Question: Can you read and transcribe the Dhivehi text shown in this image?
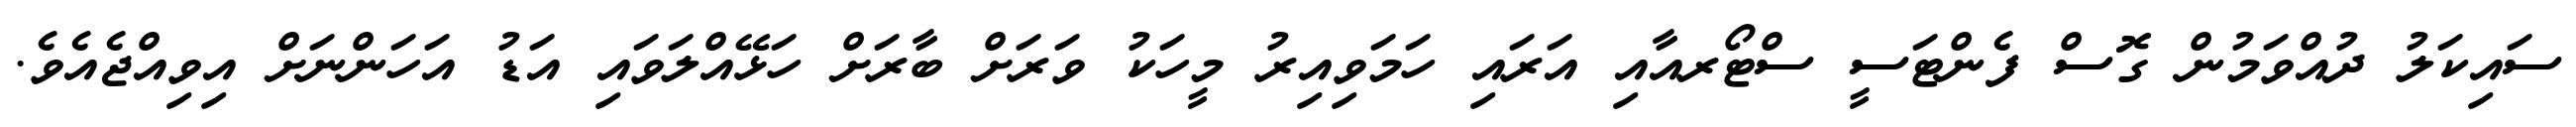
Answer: ސައިކަލު ދުއްވަމުން ގޮސް ފެންޓަސީ ސްޓޯރއާއި އަރައި ހަމަވިއިރު މީހަކު ވަރަށް ބާރަށް ހަޅޭއްލަވައި އަޑު އަހަންނަށް އިވިއްޖެއެވެ.